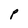
Character: p